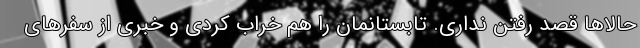
حالاها قصد رفتن نداری. تابستانمان را هم خراب کردی و خبری از سفرهای